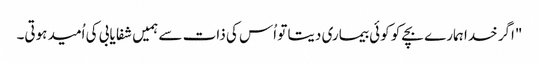
"اگر خدا ہمارے بچے کو کوئی بیماری دیتا تو اُس کی ذات سے ہمیں شفا یابی کی اُمید ہوتی۔